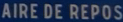
AIRE DE REPOS